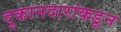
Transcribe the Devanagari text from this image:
दुकानदारांकडून